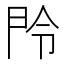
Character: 𬻴